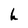
Character: h